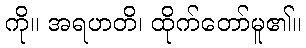
ကို။ အရဟတိ၊ ထိုက်တော်မူ၏။